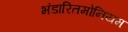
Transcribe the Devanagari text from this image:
भंडारितमोनियम